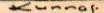
Kunnas.